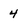
Character: 4